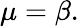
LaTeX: \mu=\beta.